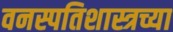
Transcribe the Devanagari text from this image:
वनस्पतिशास्त्रच्या